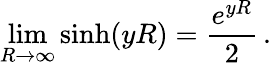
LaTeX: \operatorname*{lim}_{R\to\infty}\sinh(yR)=\frac{e^{yR}}{2}\, {.}